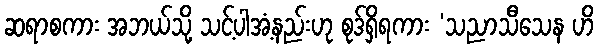
ဆရာစကား အဘယ်သို့ သင့်ပါအံ့နည်းဟု စုဒ်ရှိရကား ‘သညာသီသေန ဟိ